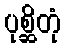
ပုစ္ဆိတုံ